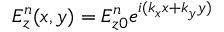
E _ { z } ^ { n } ( x , y ) = E _ { z 0 } ^ { n } e ^ { i ( k _ { x } x + k _ { y } y ) }